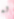
له